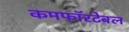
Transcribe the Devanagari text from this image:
कमफॉरटेबल